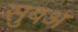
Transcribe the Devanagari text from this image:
सुबअ